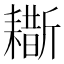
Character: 䎰